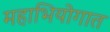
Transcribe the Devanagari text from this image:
महाभियोगात